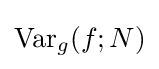
\mathrm {Var} _{g}(f;N)